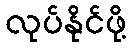
လုပ်နိုင်ဖို့